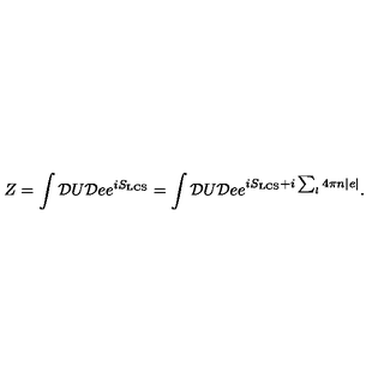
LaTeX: Z = \int { \cal D } U { \cal D } e e ^ { i S _ { \mathrm { \tiny L C S } } } = \int { \cal D } U { \cal D } e e ^ { i S _ { \mathrm { \tiny L C S } } + i \sum _ { l } 4 \pi n | e | } .